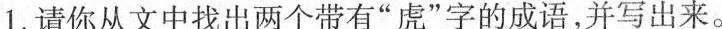
1.请你从文中找出两个带有”虎”字的成语，并写出来。